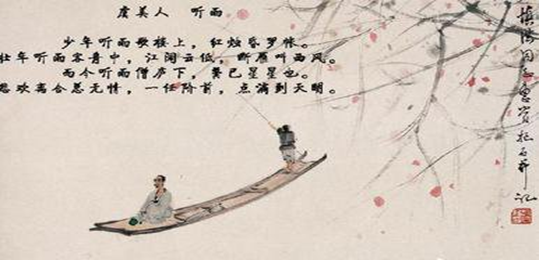
江阔云低断雁叫西风。